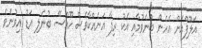
އަލޫފްއަށް އެހެން ބުނެވުމާއި އެކު ރިފާ އަނެއްކާވެސް ހޫއްސޭ ބުނެލި އަޑު އިވުނެވެ